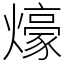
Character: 𤐶